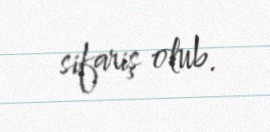
sifariş olub.